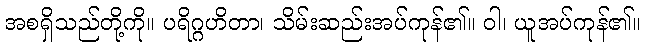
အစရှိသည်တို့ကို။ ပရိဂ္ဂဟိတာ၊ သိမ်းဆည်းအပ်ကုန်၏။ ဝါ၊ ယူအပ်ကုန်၏။